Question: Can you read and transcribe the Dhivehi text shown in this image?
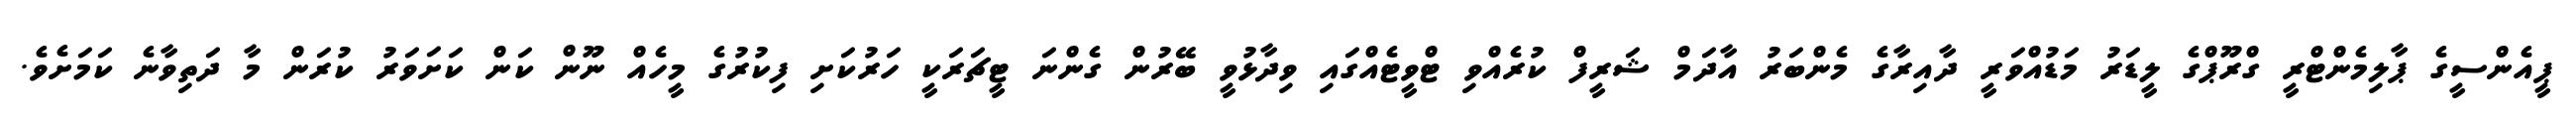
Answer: ޕީއެންސީގެ ޕާލިމެންޓްރީ ގްރޫޕްގެ ލީޑަރު މަޑުއްވަރީ ދާއިރާގެ މެންބަރު އާދަމް ޝަރީފް ކުރެއްވި ޓްވީޓެއްގައި ވިދާޅުވީ ބޭރުން ގެންނަ ޓީޗަރަކީ ހަރުކަށި ފިކުރުގެ މީހެއް ނޫން ކަން ކަށަވަރު ކުރަން މާ ދަތިވާނެ ކަމަށެވެ.